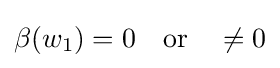
\beta (w_{1})=0\quad {\mbox{or}}\quad \neq 0